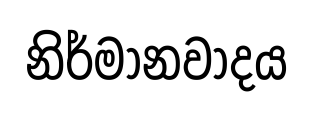
නිර්මානවාදය